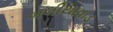
બલીયાવાડ